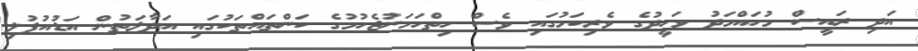
އަދި ރައީސް މުހައްމަދު ވަހީދުގެ ވެރިކަމުގައި ވެސް ހިތްހަމަނުޖެހުމުގެ ކަންތައްތަކުގައި އަދާލަތުން އަޑުއުފުލި